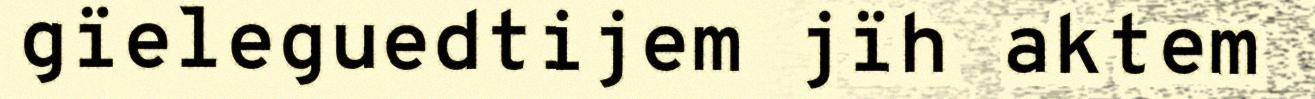
gïeleguedtijem jïh aktem